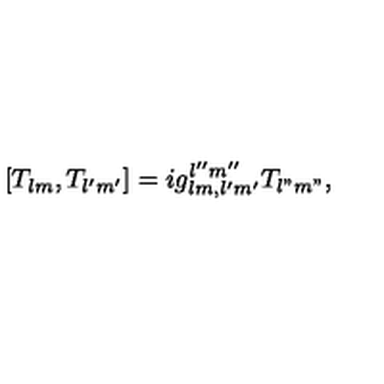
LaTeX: [ T _ { l m } , T _ { l ^ { \prime } m ^ { \prime } } ] = i g _ { l m , l ^ { \prime } m ^ { \prime } } ^ { l ^ { \prime \prime } m ^ { \prime \prime } } T _ { l " m " } ,